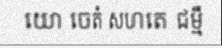
យោ ចេតំ សហតេ ជម្មឹ